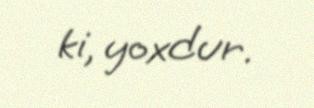
ki, yoxdur.